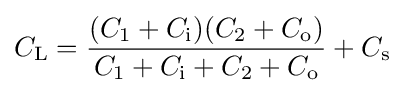
C_{\text{L}}={\frac {(C_{1}+C_{\text{i}})(C_{2}+C_{\text{o}})}{C_{1}+C_{\text{i}}+C_{2}+C_{\text{o}}}}+C_{\text{s}}